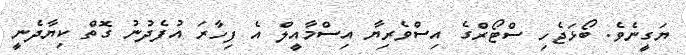
ޔަގީނެވެ. ބޯޅަޖެހި ސްޓޯރްގެ އިސްވެރިޔާ އިސްމާއީލް އެ ފިހާރަ އުފެދުނު ގޮތް ކިޔާދެނީ